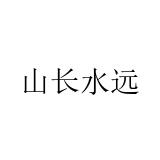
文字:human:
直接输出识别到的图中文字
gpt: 山长水远